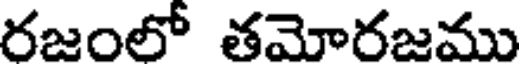
రజంలో తమోరజము